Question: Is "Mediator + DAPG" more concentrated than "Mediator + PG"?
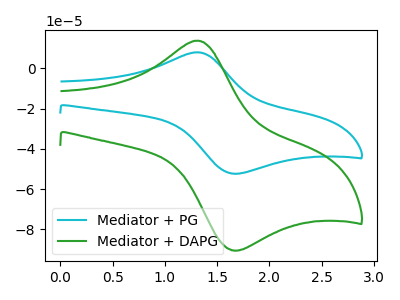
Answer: <think>The cyan curve "Mediator + PG" has an anodic peak at (1.30V, 7.95uA) and a cathodic peak at (1.65V, -52.30uA). The green curve "Mediator + DAPG" has an anodic peak at (1.30V, 13.70uA) and a cathodic peak at (1.65V, -90.40uA).
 All the peaks in "Mediator + DAPG" have a peak in "Mediator + PG" at the same potential. Every peak in "Mediator + DAPG" is higher than every peak in "Mediator + PG".</think>
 <answer>"Mediator + DAPG" has more signal than "Mediator + PG" and so likely has a higher concentration.</answer>
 <eval>more_concentration</eval>